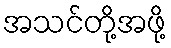
အသင်တို့အဖို့